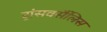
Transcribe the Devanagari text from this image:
ट्रांसवर्सैलिस